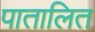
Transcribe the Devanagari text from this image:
पातालित